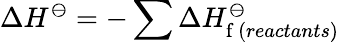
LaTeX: \Delta H^{\ominus}=-\sum\Delta H_{\mathrm{f}\, (reactants)}^{\ominus}